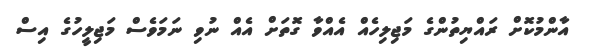
އާންމުކޮށް ރައްޔިތުންގެ މަޖިލިހެއް އެއްވާ ގޮތަށް އެއް ނުވި ނަމަވެސް މަޖިލީހުގެ އިސް